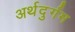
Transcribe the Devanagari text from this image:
अर्थदुर्गम